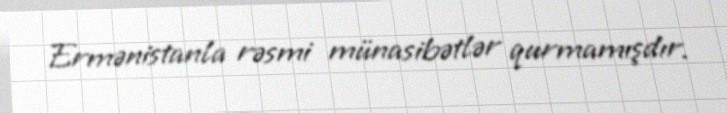
Ermənistanla rəsmi münasibətlər qurmamışdır.